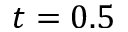
t = 0 . 5